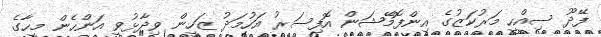
ފޭދޫ ސިއްހީ މަރުކަޒުގެ އިންފޮމޭޝަން އޮފިސަރު އަހުމަދު ޒަހީން ވިދާޅުވީ އަންހެން މީހާގެ